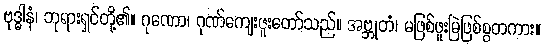
ဗုဒ္ဓါနံ၊ ဘုရားရှင်တို့၏။ ဂုဏော၊ ဂုဏ်ကျေးဇူးတော်သည်။ အဗ္ဘုတံ၊ မဖြစ်ဖူးမြဲဖြစ်စွတကား။